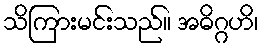
သိကြားမင်းသည်။ အဓိဂ္ဂဟိ၊